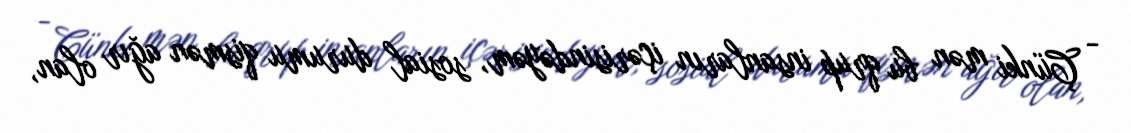
- Çünki mən bu qrup insanların içərisindəyəm, sosial durumu qismən ağır olan,